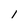
Character: 1